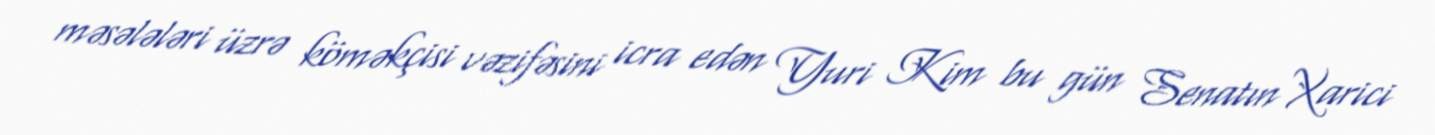
məsələləri üzrə köməkçisi vəzifəsini icra edən Yuri Kim bu gün Senatın Xarici